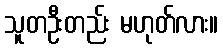
သူတဦးတည်း မဟုတ်လား။